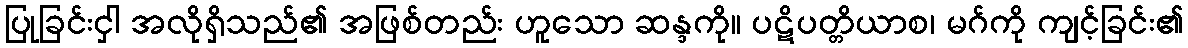
ပြုခြင်းငှါ အလိုရှိသည်၏ အဖြစ်တည်း ဟူသော ဆန္ဒကို။ ပဋိပတ္တိယာစ၊ မဂ်ကို ကျင့်ခြင်း၏